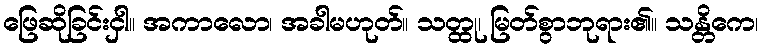
ဖြေဆိုခြင်းငှါ။ အကာလော၊ အခါမဟုတ်။ သတ္ထု၊ မြတ်စွာဘုရား၏။ သန္တိကေ၊